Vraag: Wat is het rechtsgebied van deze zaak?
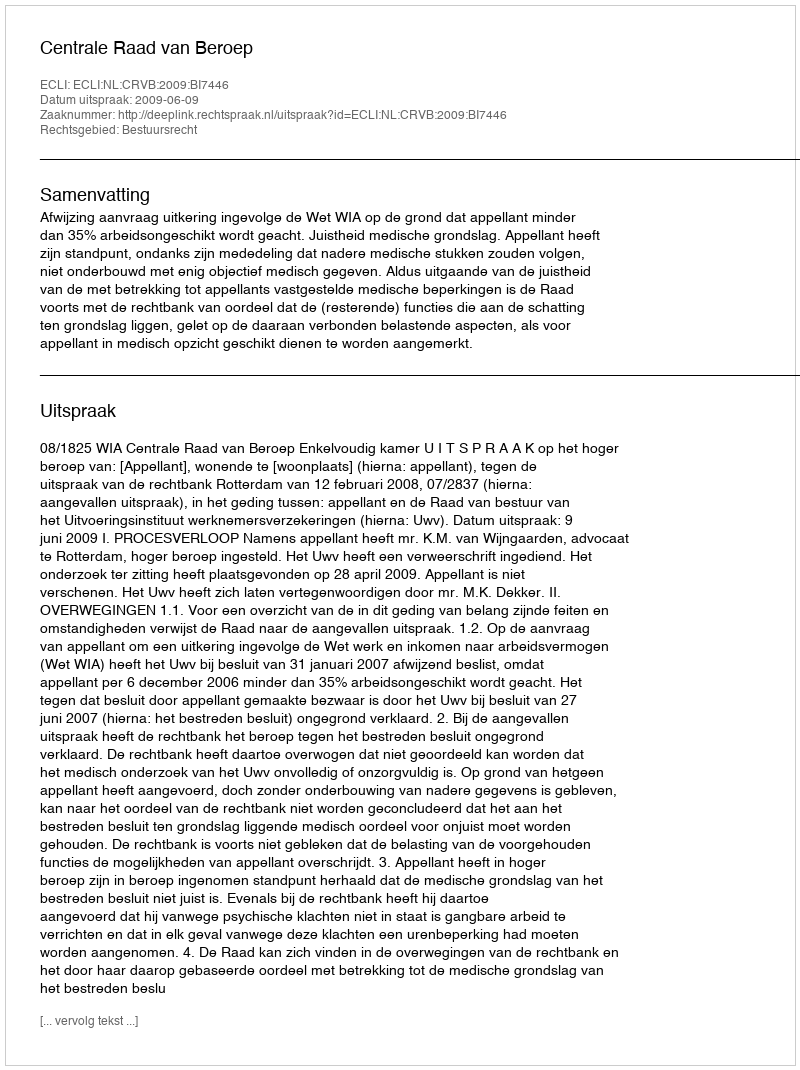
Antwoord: Bestuursrecht